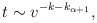
\begin{align*}t \sim v^{-k-k_{\alpha+1}},\end{align*}